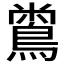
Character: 𪂟